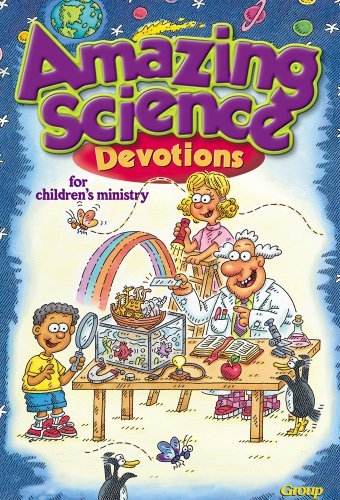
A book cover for Amazing Science Devotions for Children's Ministry; Group Publishing; Christian Books & Bibles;